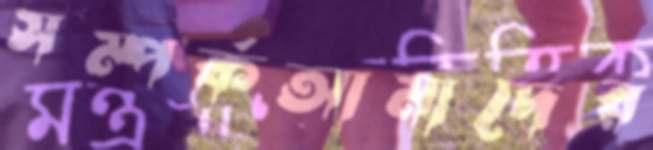
সম্পর্কআমাদের